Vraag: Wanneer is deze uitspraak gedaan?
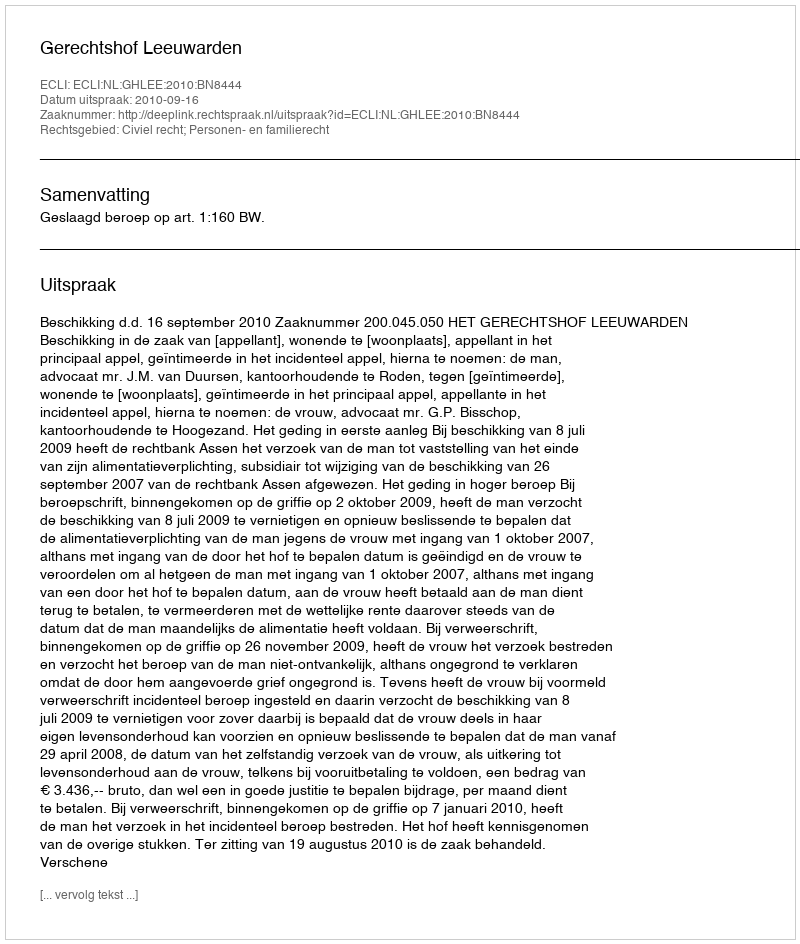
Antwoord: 2010-09-16